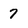
Character: 7